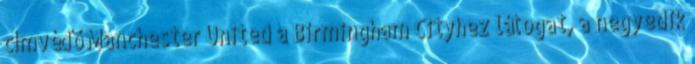
címvédő Manchester United a Birmingham Cityhez látogat, a negyedik